Vaccination in Burma 1920-1933 - 1920-1933
Year: 1920
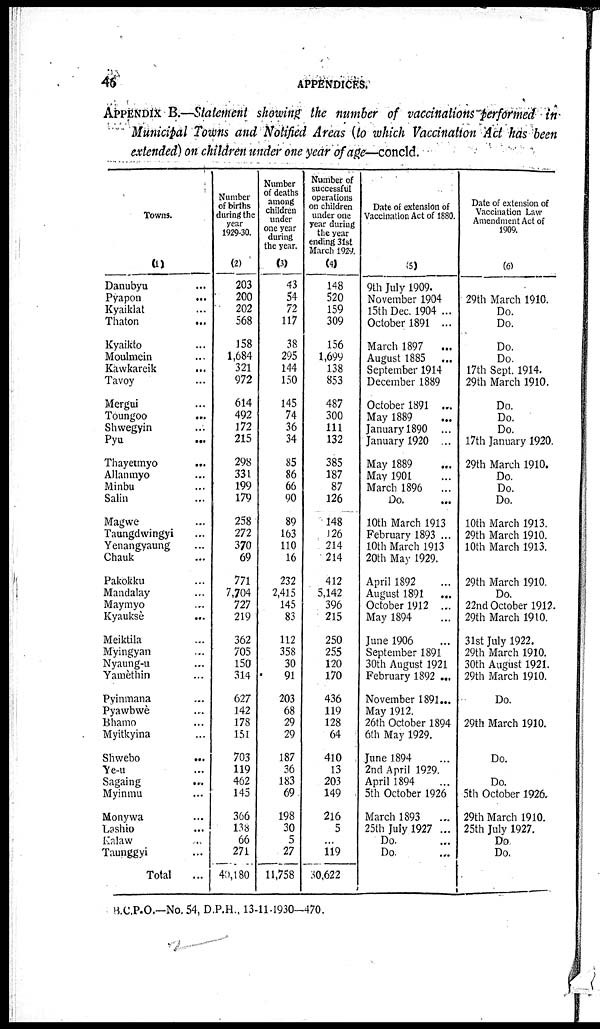
46
APPENDICES.
APPENDIX B.—Statement showing the number of vaccinations performed in
Municipal Towns and Notified Areas (to which Vaccination Act has been
extended) on children under one year of age—concld.
Towns.
(1)
Danubyu ...
Pyapon
...
Kyaiklat ...
Thaton ...
Kyaikto ...
Moulmein ...
Kawkareik
...
Tavoy ...
Mergui ...
Toungoo
...
Shwegyin ...
Pyu
...
Thayetmyo
...
Allanmyo ...
Minbu ...
Salin ...
Magwe ...
Taungdwingyi ...
Yenangyaung ...
Chauk ...
Pakokku ...
Mandalay ...
Maymyo ...
Kyauksè ...
Meiktila ...
Myingyan ...
Nyaung-u ...
Yamèthin ...
Pyinmana ...
Pyawbwè ...
Bhamo ...
Myitkyina ...
Shwebo
...
Ye-u ...
Sagaing ...
Myinmu ...
Monywa ...
Lashio ...
Kalaw ...
Taunggyi ...
Total ...
Number
of births
during the
year
1929-30.
(2)
203
200
202
568
158
1,684
321
972
614
492
172
215
298
331
199
179
258
272
370
69
771
7,704
727
219
362
705
150
314
627
142
178
151
703
119
462
145
366
138
66
271
40,180
Number
of deaths
among
children
under
one year
during
the year.
(3)
43
54
72
117
38
295
144
150
145
74
36
34
85
86
66
90
89
163
110
16
232
2,415
145
83
112
358
30
91
203
68
29
29
187
36
183
69
198
30
5
27
11,758
Number of
successful
operations
on children
under one
year during
the year
ending 31st
March 1924
(4)
148
520
159
309
156
1,699
138
853
487
300
111
132
385
187
87
126
148
126
214
214
412
5,142
396
215
250
255
120
170
436
119
128
64
410
13
203
149
216
5
...
119
30,622
Date of extension of
Vaccination Act of 1880.
(5)
9th July 1909.
November 1904
15th Dec. 1904 ...
October 1891 ...
March 1897 ...
August 1885 ...
September 1914
December 1889
October 1891 ...
May 1889 ...
January 1890 ...
January 1920 ...
May 1889 ...
May 1901 ...
March 1896 ...
Do.
10th March 1913
February 1893 ...
10th March 1913
20th May 1929.
April 1892 ...
August 1891 ...
October 1912 ...
May 1894 ...
June 1906 ...
September 1891
30th August 1921
February 1892 ...
November 1891...
May 1912.
26th October 1894
6th May 1929.
June 1894 ...
2nd April 1929.
April 1894 ...
5th October 1926
March 1893
...
25th July 1927 ...
Do.
Do.
Date of extension of
Vaccination Law
Amendment Act of
1909.
(6)
29th March 1910.
Do.
Do.
Do.
Do.
17th Sept. 1914.
29th March 1910.
Do.
Do.
Do.
17th January 1920.
29th March 1910.
Do.
Do.
Do.
10th March 1913.
29th March 1910.
10th March 1913.
29th March 1910.
Do.
22nd October 1912.
29th March 1910.
31st July 1922.
29th March 1910.
30th August 1921.
29th March 1910.
Do.
29th March 1910.
Do.
Do.
5th October 1926.
29th March 1910.
25th July 1927.
Do.
Do.
B.C.P.O.—No. 54, D.P.H., 13-11-1930-470.